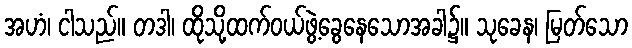
အဟံ၊ ငါသည်။ တဒါ၊ ထိုသို့ထက်ဝယ်ဖွဲ့ခွေနေသောအခါ၌။ သုခေန၊ မြတ်သော